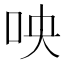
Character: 咉